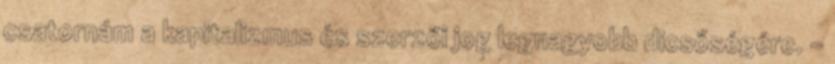
csatornám a kapitalizmus és szerzői jog legnagyobb dicsőségére. -